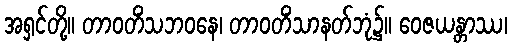
အရှင်တို့။ တာဝတိံသဘဝနေ၊ တာဝတိံသာနတ်ဘုံ၌။ ဝေဇယန္တာဿ၊